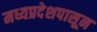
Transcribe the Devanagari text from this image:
मध्यप्रदेशपासून